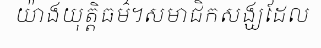
យ៉ាងយុត្តិធម៌។សមាជិកសង្ឃដែល